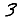
Digit: 3